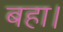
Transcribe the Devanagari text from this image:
बहा।